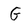
Character: G